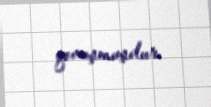
qovuşmuşdur.